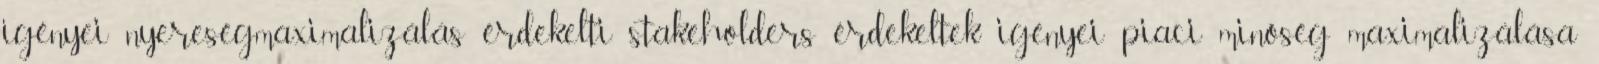
igényei nyereségmaximalizálás érdekelti stakeholders érdekeltek igényei piaci minőség maximalizálása